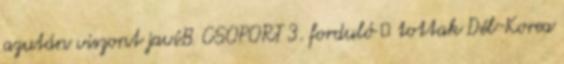
azután viszont javíB CSOPORT 3. forduló tottak Dél-Korea